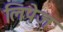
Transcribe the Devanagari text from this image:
लिपेज़